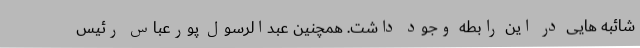
شائبه هایی در این رابطه وجود داشت. همچنین عبدالرسول پورعباس رئیس